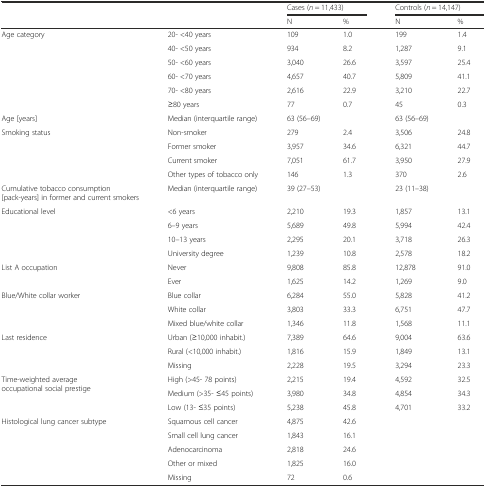
<table><thead><tr><td></td><td></td><td colspan="2"><b>Cases (<i>n</i> = 11,433)</b></td><td colspan="2"><b>Controls (<i>n</i> = 14,147)</b></td></tr><tr><td></td><td></td><td><b>N</b></td><td><b>%</b></td><td><b>N</b></td><td><b>%</b></td></tr></thead><tbody><tr><td>Age category</td><td>20- &lt;40 years</td><td>109</td><td>1.0</td><td>199</td><td>1.4</td></tr><tr><td></td><td>40- &lt;50 years</td><td>934</td><td>8.2</td><td>1,287</td><td>9.1</td></tr><tr><td></td><td>50- &lt;60 years</td><td>3,040</td><td>26.6</td><td>3,597</td><td>25.4</td></tr><tr><td></td><td>60- &lt;70 years</td><td>4,657</td><td>40.7</td><td>5,809</td><td>41.1</td></tr><tr><td></td><td>70- &lt;80 years</td><td>2,616</td><td>22.9</td><td>3,210</td><td>22.7</td></tr><tr><td></td><td>≥80 years</td><td>77</td><td>0.7</td><td>45</td><td>0.3</td></tr><tr><td>Age [years]</td><td>Median (interquartile range)</td><td colspan="2">63 (56–69)</td><td colspan="2">63 (56–69)</td></tr><tr><td>Smoking status</td><td>Non-smoker</td><td>279</td><td>2.4</td><td>3,506</td><td>24.8</td></tr><tr><td></td><td>Former smoker</td><td>3,957</td><td>34.6</td><td>6,321</td><td>44.7</td></tr><tr><td></td><td>Current smoker</td><td>7,051</td><td>61.7</td><td>3,950</td><td>27.9</td></tr><tr><td></td><td>Other types of tobacco only</td><td>146</td><td>1.3</td><td>370</td><td>2.6</td></tr><tr><td>Cumulative tobacco consumption [pack-years] in former and current smokers</td><td>Median (interquartile range)</td><td colspan="2">39 (27–53)</td><td colspan="2">23 (11–38)</td></tr><tr><td>Educational level</td><td>&lt;6 years</td><td>2,210</td><td>19.3</td><td>1,857</td><td>13.1</td></tr><tr><td></td><td>6–9 years</td><td>5,689</td><td>49.8</td><td>5,994</td><td>42.4</td></tr><tr><td></td><td>10–13 years</td><td>2,295</td><td>20.1</td><td>3,718</td><td>26.3</td></tr><tr><td></td><td>University degree</td><td>1,239</td><td>10.8</td><td>2,578</td><td>18.2</td></tr><tr><td>List A occupation</td><td>Never</td><td>9,808</td><td>85.8</td><td>12,878</td><td>91.0</td></tr><tr><td></td><td>Ever</td><td>1,625</td><td>14.2</td><td>1,269</td><td>9.0</td></tr><tr><td>Blue/White collar worker</td><td>Blue collar</td><td>6,284</td><td>55.0</td><td>5,828</td><td>41.2</td></tr><tr><td></td><td>White collar</td><td>3,803</td><td>33.3</td><td>6,751</td><td>47.7</td></tr><tr><td></td><td>Mixed blue/white collar</td><td>1,346</td><td>11.8</td><td>1,568</td><td>11.1</td></tr><tr><td>Last residence</td><td>Urban (≥10,000 inhabit.)</td><td>7,389</td><td>64.6</td><td>9,004</td><td>63.6</td></tr><tr><td></td><td>Rural (&lt;10,000 inhabit.)</td><td>1,816</td><td>15.9</td><td>1,849</td><td>13.1</td></tr><tr><td></td><td>Missing</td><td>2,228</td><td>19.5</td><td>3,294</td><td>23.3</td></tr><tr><td rowspan="2">Time-weighted average occupational social prestige</td><td>High (&gt;45- 78 points)</td><td>2,215</td><td>19.4</td><td>4,592</td><td>32.5</td></tr><tr><td>Medium (&gt;35- ≤45 points)</td><td>3,980</td><td>34.8</td><td>4,854</td><td>34.3</td></tr><tr><td></td><td>Low (13- ≤35 points)</td><td>5,238</td><td>45.8</td><td>4,701</td><td>33.2</td></tr><tr><td rowspan="2">Histological lung cancer subtype</td><td>Squamous cell cancer</td><td>4,875</td><td>42.6</td><td></td><td></td></tr><tr><td>Small cell lung cancer</td><td>1,843</td><td>16.1</td><td></td><td></td></tr><tr><td></td><td>Adenocarcinoma</td><td>2,818</td><td>24.6</td><td></td><td></td></tr><tr><td></td><td>Other or mixed</td><td>1,825</td><td>16.0</td><td></td><td></td></tr><tr><td></td><td>Missing</td><td>72</td><td>0.6</td><td></td><td></td></tr></tbody></table>